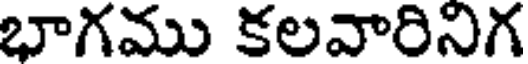
భాగము కలవారినిగ